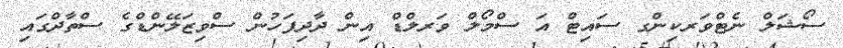
ސޯޝަލް ނެޓްވަރކިންގ ސައިޓް އަ ސްމޯލް ވަރލްޑް އިން ދާދިފަހުން ސްވިޒަލޭންޑްގެ ސްތާދްގައި